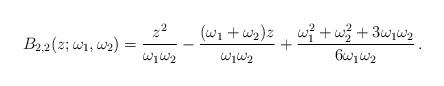
LaTeX: \begin{align*}B_{2,2}(z;\omega_1,\omega_2)=\frac{z^2}{\omega_1\omega_2}-\frac{(\omega_1+\omega_2)z}{\omega_1\omega_2}+\frac{\omega_1^2+\omega^2_2+3\omega_1\omega_2}{6\omega_1\omega_2}\,.\end{align*}